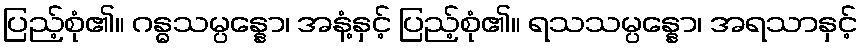
ပြည့်စုံ၏။ ဂန္ဓသမ္ပန္နော၊ အနံ့နှင့် ပြည့်စုံ၏။ ရသသမ္ပန္နော၊ အရသာနှင့်